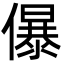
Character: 儤